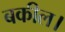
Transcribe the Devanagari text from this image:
बकील।